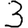
Digit: 3